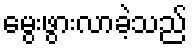
မွေးဖွားလာခဲ့သည်